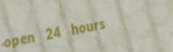
open 24 hours